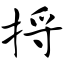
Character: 捋